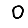
Digit: 0